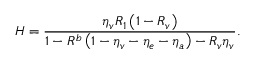
H = \frac { \eta _ { v } R _ { 1 } \left( 1 - R _ { v } \right) } { 1 - R ^ { b } \left( 1 - \eta _ { v } - \eta _ { e } - \eta _ { a } \right) - R _ { v } \eta _ { v } } .